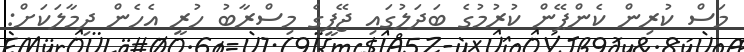
މަސް ކުރިން ކެންޕޭން ކުރުމުގެ ބަދަލުގައި ޖޭޕީގެ މިސްރާބު ހުރީ އެހެން ދިމާލަކަށް: